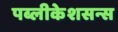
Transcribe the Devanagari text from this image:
पब्लीकेशसन्स